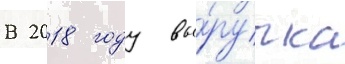
В 2018 году вы́ручка